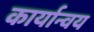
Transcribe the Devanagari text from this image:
कार्यान्वय